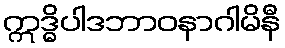
ဣဒ္ဓိပါဒဘာဝနာဂါမိနီ